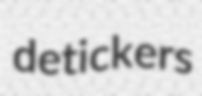
detickers